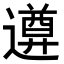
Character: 𨗕